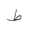
Letter: _da